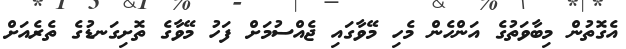
އެގޮތުން މިބާވަތުގެ އަންހެން މެހި މޭވާގައި ޖެއްސުމަށް ފަހު މޭވާގެ ތޮށިގަނޑުގެ ތެރެއަށް